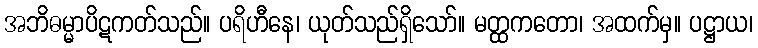
အဘိဓမ္မာပိဋကတ်သည်။ ပရိဟီနေ၊ ယုတ်သည်ရှိသော်။ မတ္ထကတော၊ အထက်မှ။ ပဋ္ဌာယ၊